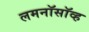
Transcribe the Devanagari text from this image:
लमनॉसॉव्ह